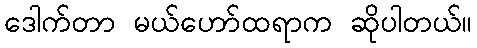
ဒေါက်တာ မယ်ဟော်ထရာက ဆိုပါတယ်။